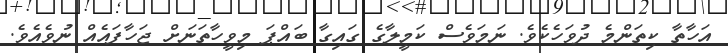
އަހާތާ ކިތަންމެ ދުވަހެކެވެ. ނަމަވެސް ކަމީލާގެ ގައިގާ ބައްޕަ މިވީހާތަނަށް ޖަހާފައެއް ނުވެއެވެ.